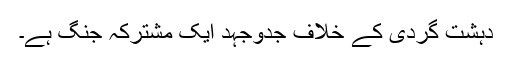
دہشت گردی کے خلاف جدوجہد ایک مشترکہ جنگ ہے۔